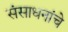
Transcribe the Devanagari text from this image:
संसाधनांचे